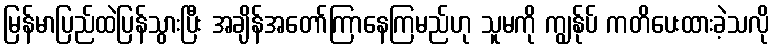
မြန်မာပြည်ထဲပြန်သွားပြီး အချိန်အတော်ကြာနေကြမည်ဟု သူမကို ကျွန်ုပ် ကတိပေးထားခဲ့သလို